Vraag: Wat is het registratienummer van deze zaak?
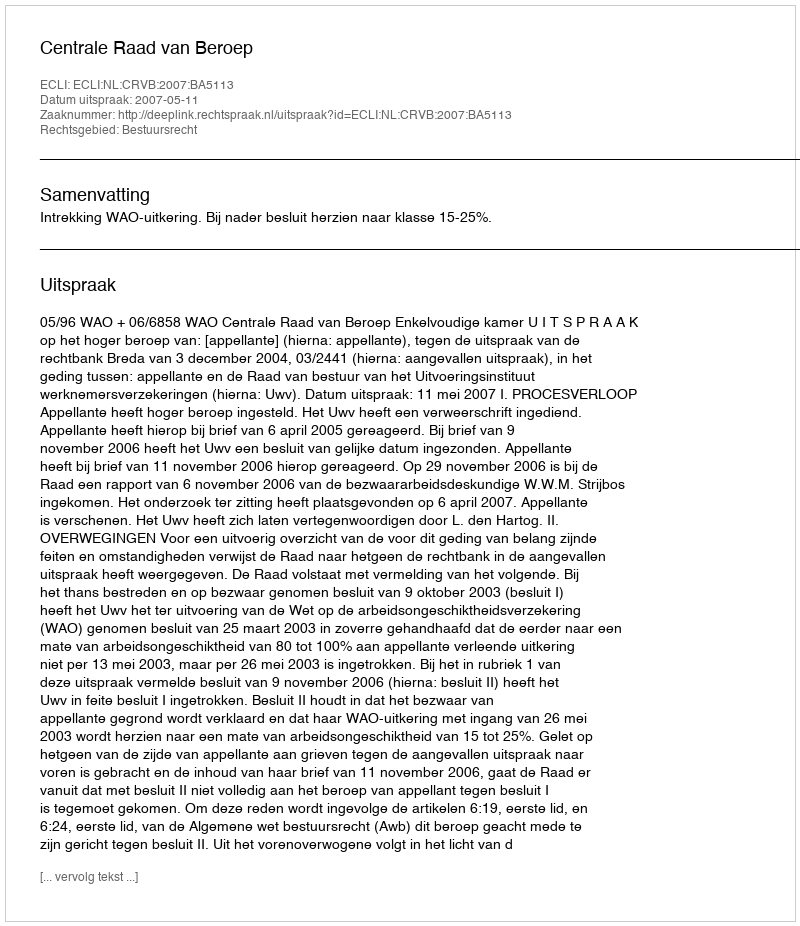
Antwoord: http://deeplink.rechtspraak.nl/uitspraak?id=ECLI:NL:CRVB:2007:BA5113